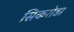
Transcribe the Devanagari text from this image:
सिकरोडा